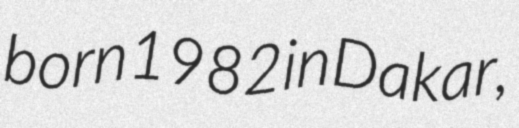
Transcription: born 1982 in Dakar,